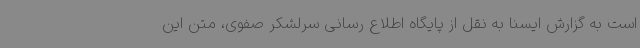
است به گزارش ایسنا به نقل از پایگاه اطلاع رسانی سرلشکر صفوی، متن این